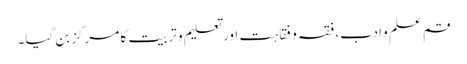
قم علم و ادب، فقہ و فقاہت اور تعلیم و تربیت کا مرکز بن گیا۔